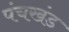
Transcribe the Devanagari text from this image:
पंचखंड